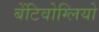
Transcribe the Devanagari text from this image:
बेंटिवोग्लियो